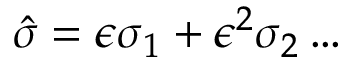
\hat { \sigma } = \epsilon \sigma _ { 1 } + \epsilon ^ { 2 } \sigma _ { 2 } \ldots